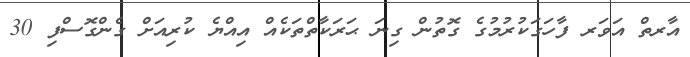
އާރތް އަވަރ ފާހަގަކުރުމުގެ ގޮތުން ގިނަ ޙަރަކާތްތަކެއް އިއްޔެ ކުރިއަށް ގެންގޮސްފި 30